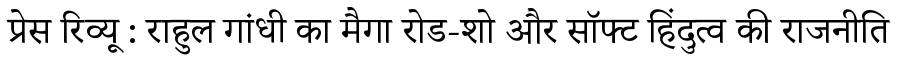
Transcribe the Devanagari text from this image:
प्रेस रिव्यू : राहुल गांधी का मैगा रोड-शो और सॉफ्ट हिंदुत्व की राजनीति